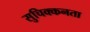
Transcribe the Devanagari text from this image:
सुचिक्कनता